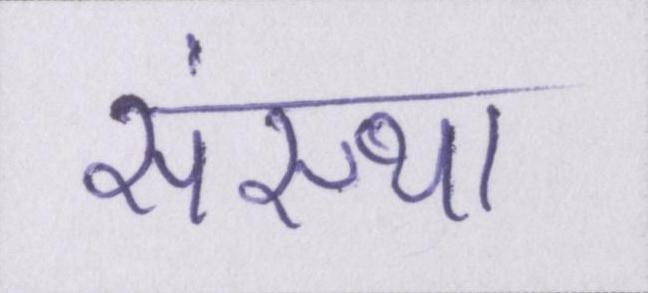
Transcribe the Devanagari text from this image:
संस्था